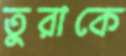
তুরাকে